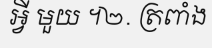
អ្វី មួយ ។២. ត្រពាំង